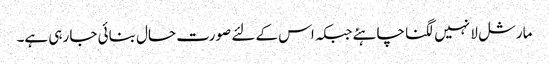
مارشل لا نہیں لگنا چاہئے جبکہ اس کے لئے صورت حال بنائی جا رہی ہے۔